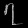
Digit: ၇